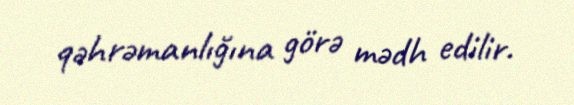
qəhrəmanlığına görə mədh edilir.